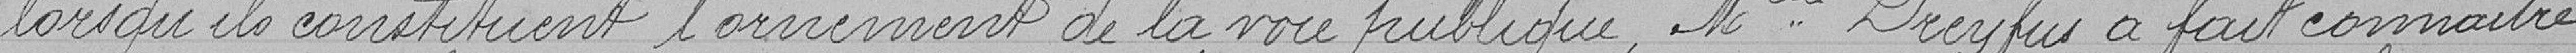
lorsqu'ils constituent l'ornement de la voie publique, Mlle Dreyfus a fait connaître